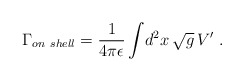
\begin{align*}{\Gamma_{on\ shell}}={1\over4\pi\epsilon}\int\!d^2x\,\sqrt{g}\,V' \ .\end{align*}